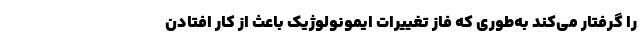
را گرفتار می‌کند به‌طوری که فاز تغییرات ایمونولوژیک باعث از کار افتادن